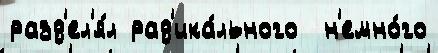
разд'ел'я́л рад'ика́льного  н'емно́го